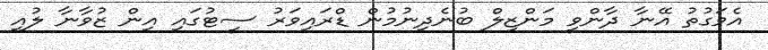
އެވަގުތު އޭނާ ދާންވީ މަންޒިލް ބުނެދިނުމުން ޑްރައިވަރު ސީޓުގައި އިން ޒުވާނާ ލުއި